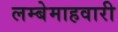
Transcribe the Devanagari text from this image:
लम्बेमाहवारी